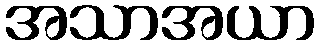
အသာအယာ